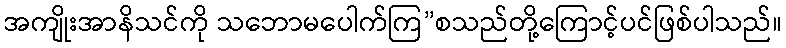
အကျိုးအာနိသင်ကို သဘောမပေါက်ကြ”စသည်တို့ကြောင့်ပင်ဖြစ်ပါသည်။